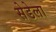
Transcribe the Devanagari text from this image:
सेडेला